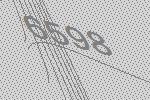
6598